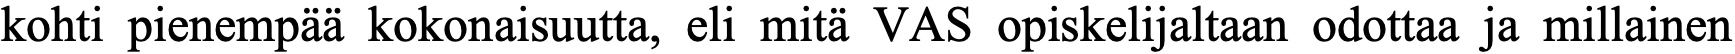
kohti pienempää kokonaisuutta, eli mitä VAS opiskelijaltaan odottaa ja millainen